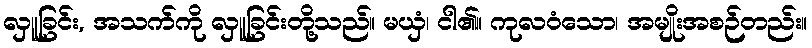
လှူခြင်း, အသက်ကို လှူခြင်းတို့သည်။ မယှံ၊ ငါ၏။ ကုလဝံသော၊ အမျိုးအစဉ်တည်း။